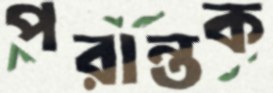
পরান্তক